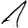
Digit: 1